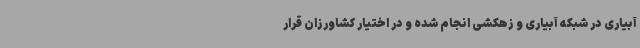
آبیاری در شبکه آبیاری و زهکشی انجام شده و در اختیار کشاورزان قرار